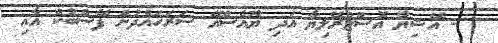
- އޭޝިޔާ އޮސްޓްރޭލިޔާ އަދި ޔޫއެސްއޭ ސަރަހައްދުން ފޭސްބުކް އާއި